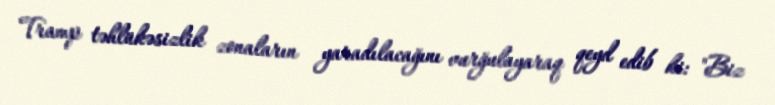
Tramp təhlükəsizlik zonaların yaradılacağını vurğulayaraq qeyd edib ki: "Biz